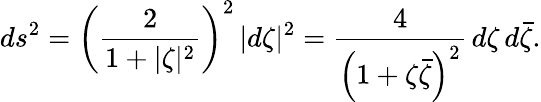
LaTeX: ds^{2}=\left({\frac{2}{1+|\zeta|^{2}}}\right)^{2}\, |d\zeta|^{2}={\frac{4}{\left(1+\zeta{\bar{\zeta}}\right)^{2}}}\, d\zeta\, d{\bar{\zeta}}.